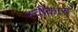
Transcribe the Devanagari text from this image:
स्वीकारु